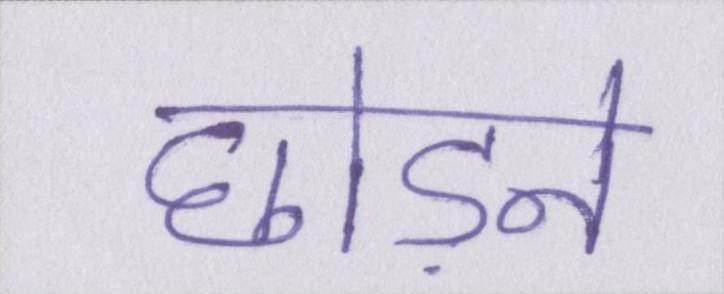
छोड़ने